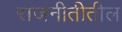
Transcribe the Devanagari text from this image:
राजनीतीतील